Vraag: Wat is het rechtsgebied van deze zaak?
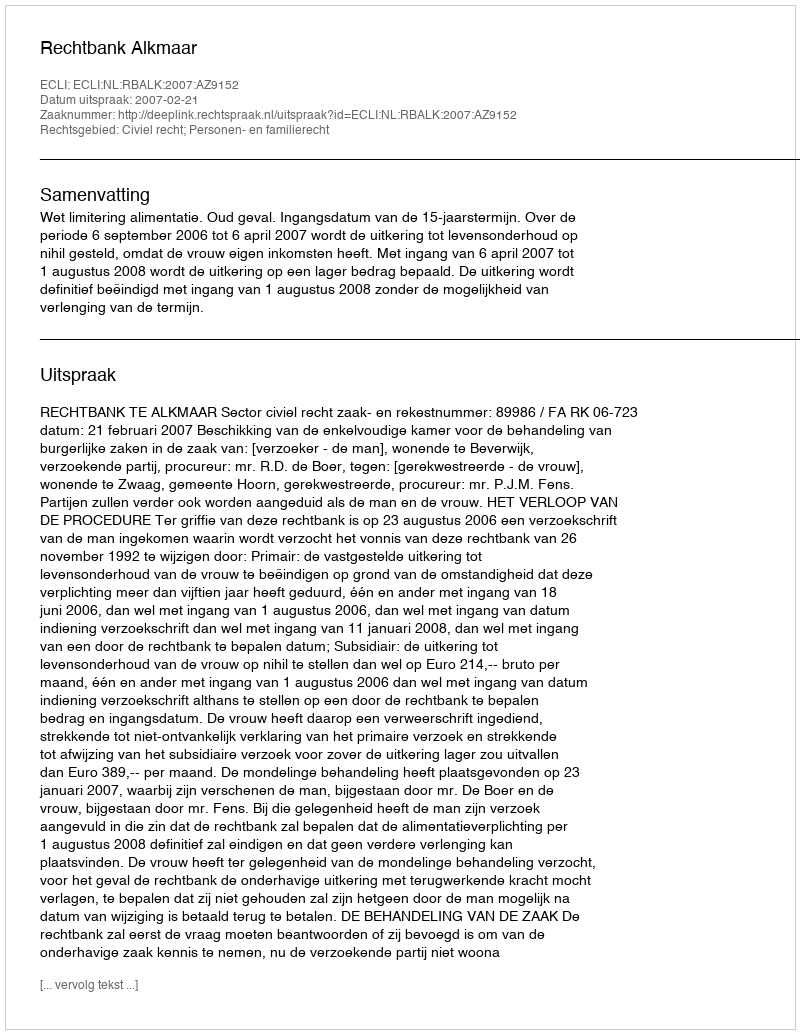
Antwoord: Civiel recht; Personen- en familierecht